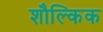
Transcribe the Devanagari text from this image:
शौल्किक